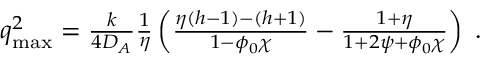
\begin{array} { r } { \boldsymbol q _ { \mathrm { m a x } } ^ { 2 } = \frac { k } { 4 D _ { A } } \frac { 1 } { \eta } \left( \frac { \eta ( h - 1 ) - ( h + 1 ) } { 1 - \phi _ { 0 } \chi } - \frac { 1 + \eta } { 1 + 2 \psi + \phi _ { 0 } \chi } \right) \; . } \end{array}